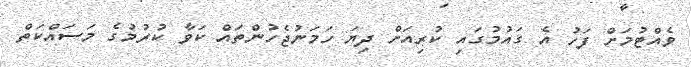
ވެއްޓުމަށް ފަހު އެ ގައުމުގައި ކުރިއަށް ދިޔަ ހަމަނުޖެހުންތައް ކަވާ ކުރުމުގެ މަސައްކަތް